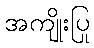
အကျိုးပြု